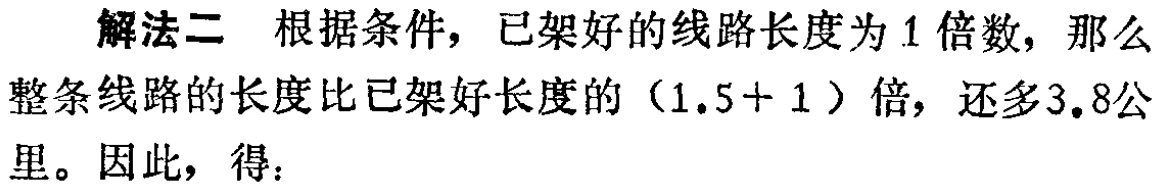
解法二 根据条件，已架好的线路长度为1倍数，那么
整条线路的长度比已架好长度的（1.5 + 1）倍，还多3.8公
里。因此，得：